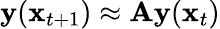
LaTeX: \mathbf{y}(\mathbf x_{t+1})\approx\mathbf{A}\mathbf{y}({\mathbf x_{t}})